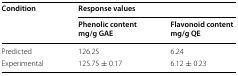
<table><thead><tr><td rowspan="2"><b>Condition</b></td><td colspan="2"><b>Response values</b></td></tr><tr><td><b>Phenolic contentmg/g GAE</b></td><td><b>Flavonoid contentmg/g QE</b></td></tr></thead><tbody><tr><td>Predicted</td><td>126.25</td><td>6.24</td></tr><tr><td>Experimental</td><td>125.75 ± 0.17</td><td>6.12 ± 0.23</td></tr></tbody></table>